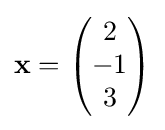
\mathbf {x} ={\begin{pmatrix}2\\-1\\3\end{pmatrix}}